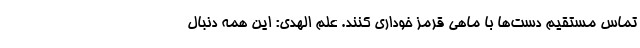
تماس مستقیم دست‌ها با ماهی قرمز خوداری کنند. علم الهدی: این همه دنبال